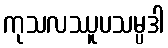
ကုသလဿူပသမ္ပဒါ